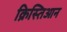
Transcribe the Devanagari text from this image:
क्रिस्तिआन